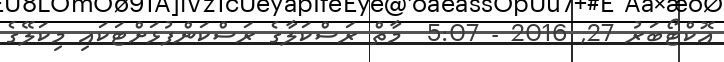
އޮކްޓޯބަރު 27